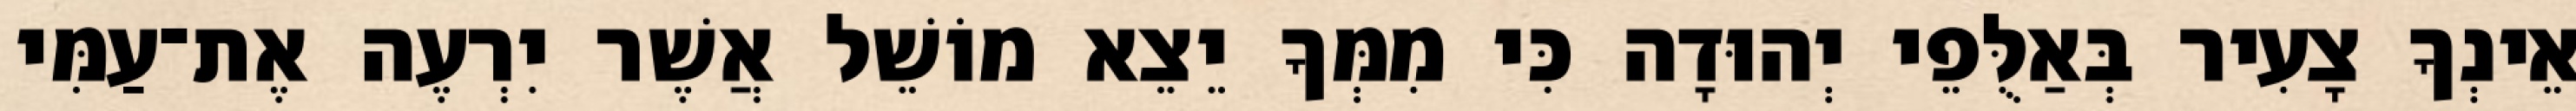
אֵינְךָ צָעִיר בְּאַלֻּפֵי יְהוּדָה כִּי מִמְּךָ יֵצֵא מוֹשֵׁל אֲשֶׁר יִרְעֶה אֶת־עַמִּי